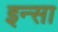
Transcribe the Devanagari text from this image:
इन्सा